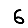
Digit: 6